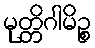
မုတ္တိဂါမိဉ္စ